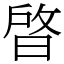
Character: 晵